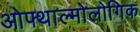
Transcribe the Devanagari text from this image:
ओफ्थाल्मोलोगिक